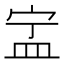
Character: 㿾